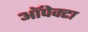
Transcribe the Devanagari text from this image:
ऑपेक्टा